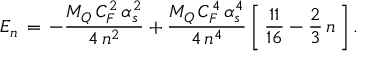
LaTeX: E _ { n } \, = \, - \frac { M _ { Q } \, C _ { F } ^ { 2 } \, \alpha _ { s } ^ { 2 } } { 4 \, n ^ { 2 } } + \frac { M _ { Q } \, C _ { F } ^ { 4 } \, \alpha _ { s } ^ { 4 } } { 4 \, n ^ { 4 } } \, \bigg [ \, \frac { 1 1 } { 1 6 } - \frac { 2 } { 3 } \, n \, \bigg ] \, .